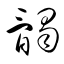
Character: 髑